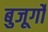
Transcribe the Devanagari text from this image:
बुजूर्गों